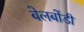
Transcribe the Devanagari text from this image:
बेलबोंडी